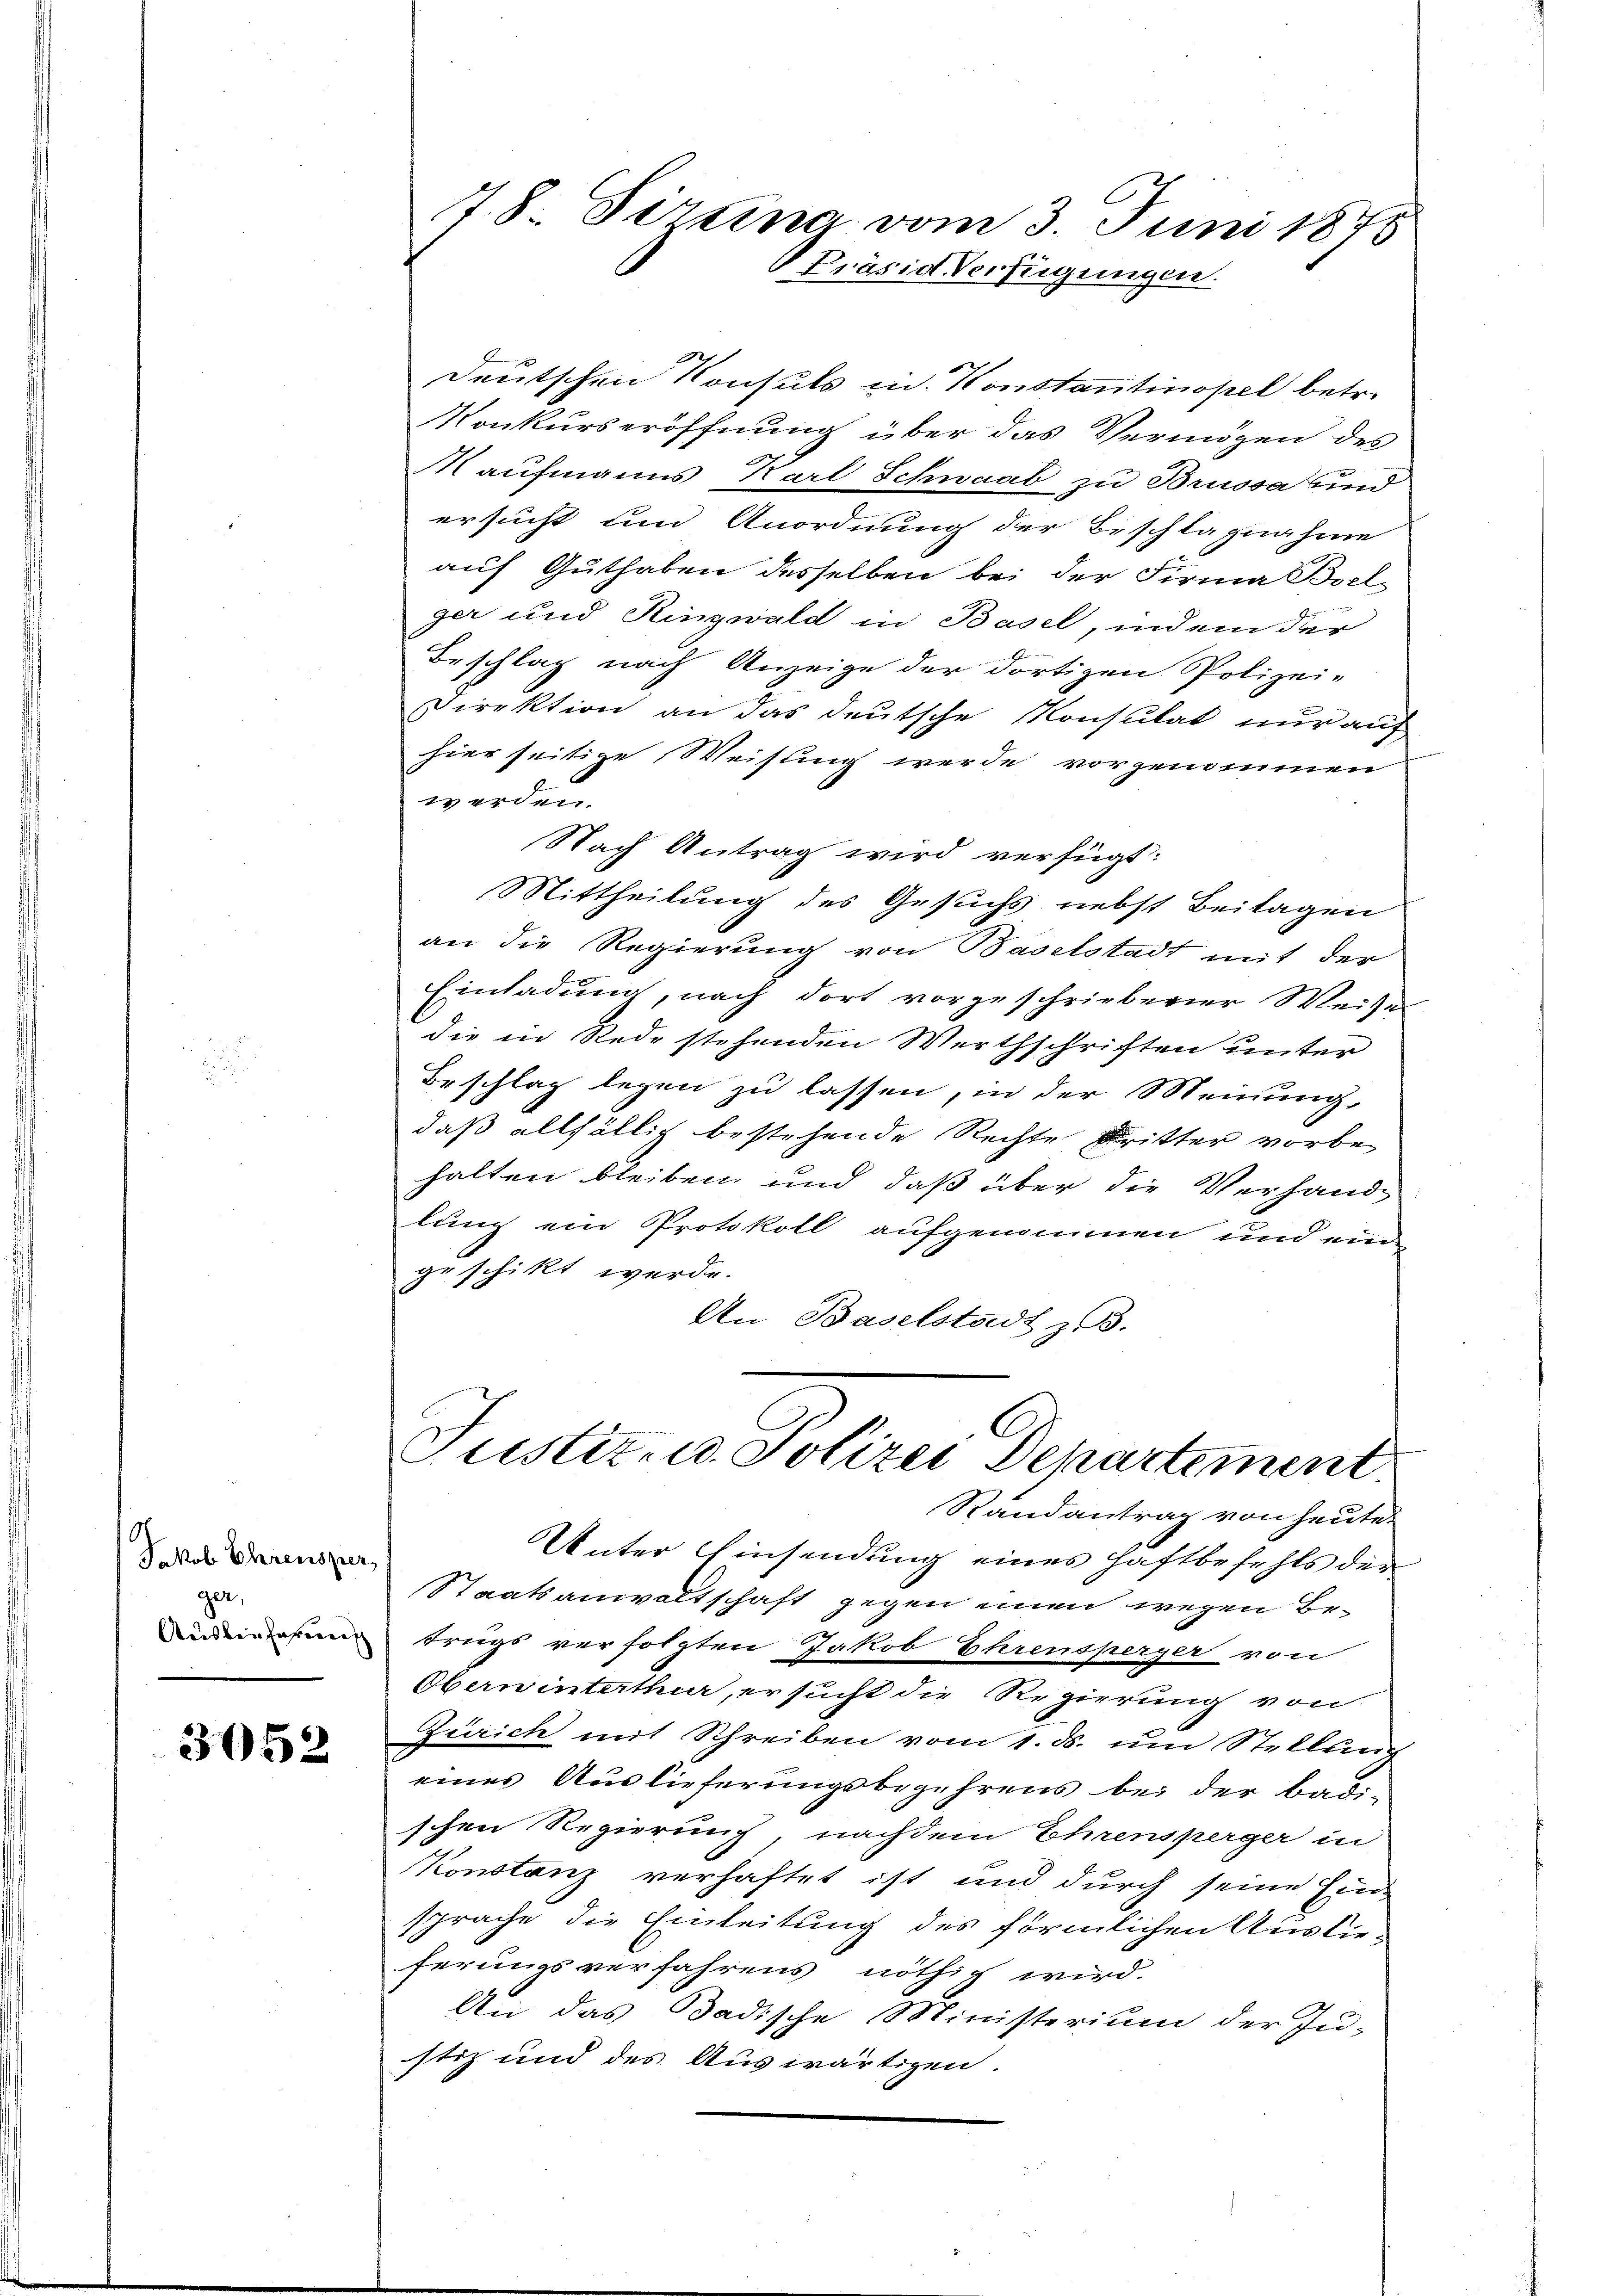
Jkob Ehrensper
ger,
Auslieferenisch

3052

78. Sirna vom 3. Juni 1875
Präsid Verfügungen.

Deutschen Konsuls in Konstantinopel betr.
Konkurseröffnung über das Vermögen des
Kaufmanns Karl Schwaab zu Brussa und
ersucht und Anordnung der Beschlagnahme
auf Guthaben desselben bei der Firma Boel-
ger und Ringzwald in Basel, indem der
Beschlag nach Anzeige der dortigen Polizei-
Direktion an das deutsche Konsulat nur auf
hier seitige Weisung werde vorgenommen
werden.
Nach Antrag wird verfügt:
Mittheilung des Gesuchs nebst Beilagen
an die Regierung von Baselstadt mit der
Einladung, nach dort vorgeschriebener Weises
die in Rede stehenden Werthschriften unter
Beschlag legen zu lassen, in der Meinung,
daß allfällig bestehende Rechte Dritter vorbehalten bleiben und daß über die Verhandlung ein Protokoll aufgenommen und ein
geschickt werde.
An Baselstadt z. B.
Justiz- u. Polizei Departement.
Randantrag von heute
Unter Einsendung eines Haftbefehls der¬
Staatsanwaltschaft gegen einen wegen Betrugs verfolgten Jakob Ehrensperger von
Oberwinterthur, ersucht die Regierung von
Zürich mit Schreiben vom 1. ds. um Stellung
eines Auslieferungsbegehrens bei der Badischen Regierung nachdem Ehrensperger in
Konstanz verhaftet ist und durch seine Ein-
sprache die Einleitung des förmlichen Auslieferungsverfahrens nöthig wird.
An das Badische Ministerium der Ju-
stiz und des Auswärtigen.